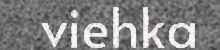
viehka